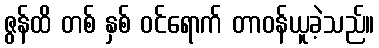
ဇွန်ထိ တစ် နှစ် ဝင်ရောက် တာဝန်ယူခဲ့သည်။